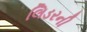
લિડરની